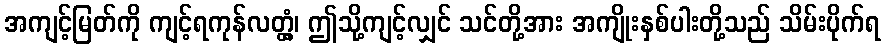
အကျင့်မြတ်ကို ကျင့်ရကုန်လတ္တံ့၊ ဤသို့ကျင့်လျှင် သင်တို့အား အကျိုးနှစ်ပါးတို့သည် သိမ်းပိုက်ရ